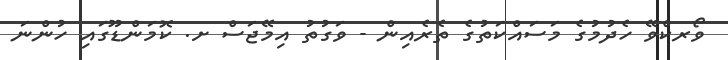
ވޯރކްވޭ ހެދުމުގެ މަސައްކަތުގެ ތެރެއިން - ވަގުތު އިމޭޖަސް ށ. ކޮމަންޑޫގައި ހުންނަ